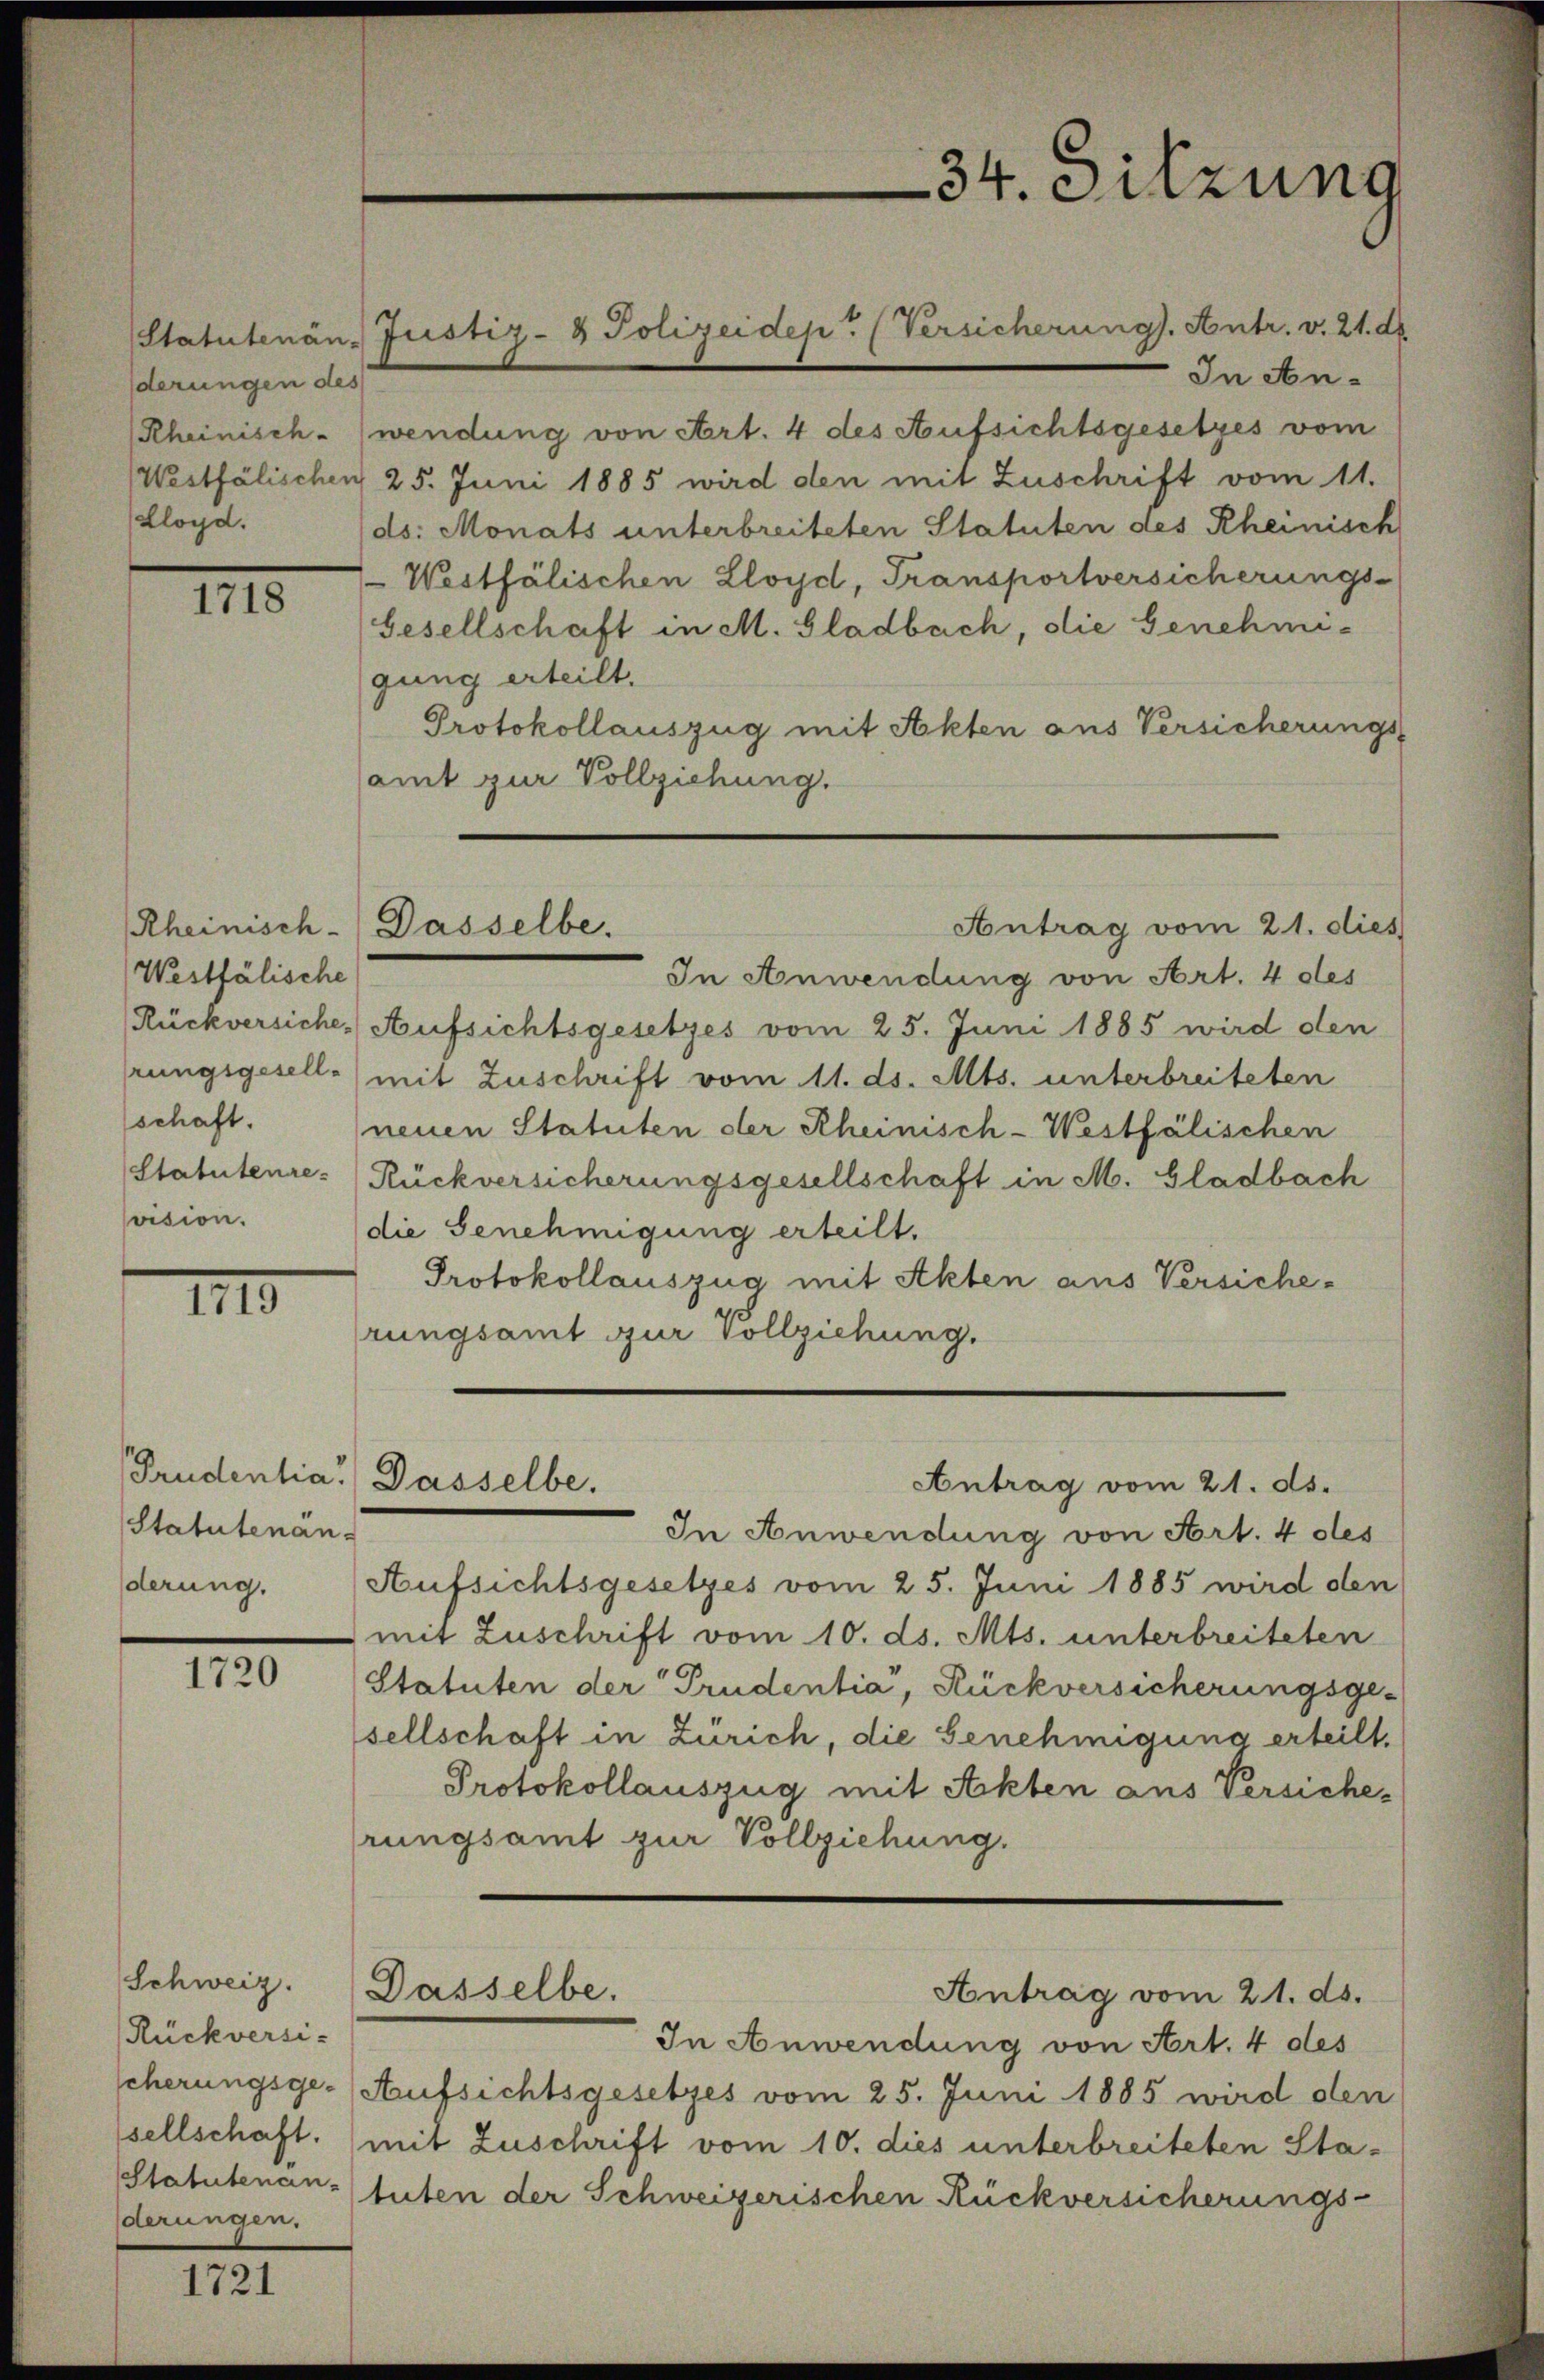
Statutenän-
derungen des
Rheinisch-
Westfälischen
Lloyd.

1718

Westfälische
schaft.
sasion.

III

Statutenän-

1720

Rückversi-
Statutenan-
derungen.

1721

Rheinisch-Dasselbe.

In Anwendung von Art. 4 des Aufsichtsgesetzes vom
25. Juni 1885 wird den mit Zuschrift vom 11.
ds: Monats unterbreiteten Statuten des Rheinisch
Westfälischen Lloyd, Transportversicherungs-
Gesellschaft in M. Gladbach, die Genehmi-
gung erteilt.
Protokollauszug mit Akten aus Versicherungs-
samt zur Vollziehung.
In Anwendung von Art. 4 des
(Rückversiche Aufsichtsgesetzes vom 25. Juni 1885 wird den
rungsgesell-) mit Zuschrift vom 11. ds. Mts. unterbreiteten
neuen Statuten der Rheinisch-Westfälischen
Statutenre-Rückversicherungsgesellschaft in M. Gladbach
die Genehmigung erteilt.
Protokollauszug mit Akten aus Versiche-
rungsamt zur Vollziehung.
Prudentia. Dasselbe.
Antrag vom 21. ds.
In Anwendung von Art. 4 des
derung. Aufsichtsgesetzes vom 25. Juni 1885 wird den
mit Zuschrift vom 10. ds. Mts. unterbreiteten
Statuten der Prudentia, Rückversicherungsge-
sellschaft in Zürich, die Genehmigung erteilt,
Protokollauszug mit Ackten aus Versicherungsamt zur Vollziehung.
Schweiz. Dasselbe.
Antrag vom 21. ds.
In Anwendung von Art. 4 des
scherungsge-Aufsichtsgesetzes vom 25. Juni 1885 wird den
sellschaft. (mit Zuschrift vom 10. dies unterbreiteten Sta-
tuten der Schweizerischen Rückversicherungs-

Justiz- & Polizeidep. (Versicherung. Antr. v. 21. de

34. Sitzung

Antrag vom 21. dies